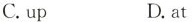
C. up D.at